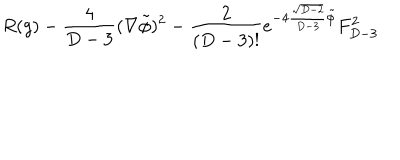
LaTeX: R ( g ) - { \frac { 4 } { D - 3 } } ( \nabla \tilde { \phi } ) ^ { 2 } - { \frac { 2 } { ( D - 3 ) ! } } e ^ { - 4 { \frac { \sqrt { D - 2 } } { D - 3 } } \tilde { \phi } } F _ { D - 3 } ^ { 2 }